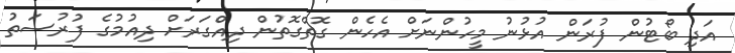
އަދި ބޯޓުން ފުރަން އުޅުނު މީހުންނަށް އެހެން ގޮތްގޮތުން ދިއްގަރަށް ދިއުމުގެ ފުރުސަތު